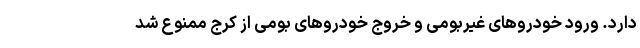
دارد. ورود خودروهای غیربومی و خروج خودروهای بومی از کرج ممنوع شد